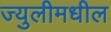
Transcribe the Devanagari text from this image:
ज्युलीमधील